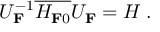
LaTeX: U _ { \bf F } ^ { { - 1 } } \overline { { { H _ { { \bf F } 0 } } } } { U } _ { \bf F } = H \: .